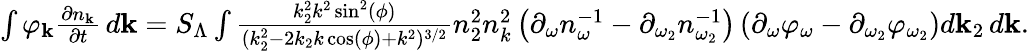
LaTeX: \begin{array}{r}{\int\varphi_{\mathbf k}\frac{\partial n_{\mathbf k}}{\partial t}\, d{\mathbf k}=S_{\Lambda}\int\frac{k_{2}^{2}k^{2}\sin^{2}(\phi)}{(k_{2}^{2}-2k_{2}k\cos(\phi)+k^{2})^{3/2}}n_{2}^{2}n_{k}^{2}\left(\partial_{\omega}n_{\omega}^{-1}-\partial_{\omega_{2}}n_{\omega_{2}}^{-1}\right)\left(\partial_{\omega}\varphi_{\omega}-\partial_{\omega_{2}}\varphi_{\omega_{2}}\right)d{\mathbf k}_{2}\, d{\mathbf k}.}\end{array}